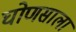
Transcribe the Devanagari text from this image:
घोणसाला